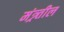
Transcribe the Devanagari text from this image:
मंत्र्र्तील